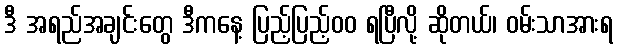
ဒီ အရည်အချင်းတွေ ဒီကနေ့ ပြည့်ပြည့်၀၀ ရပြီလို့ ဆိုတယ်၊ ဝမ်းသာအားရ